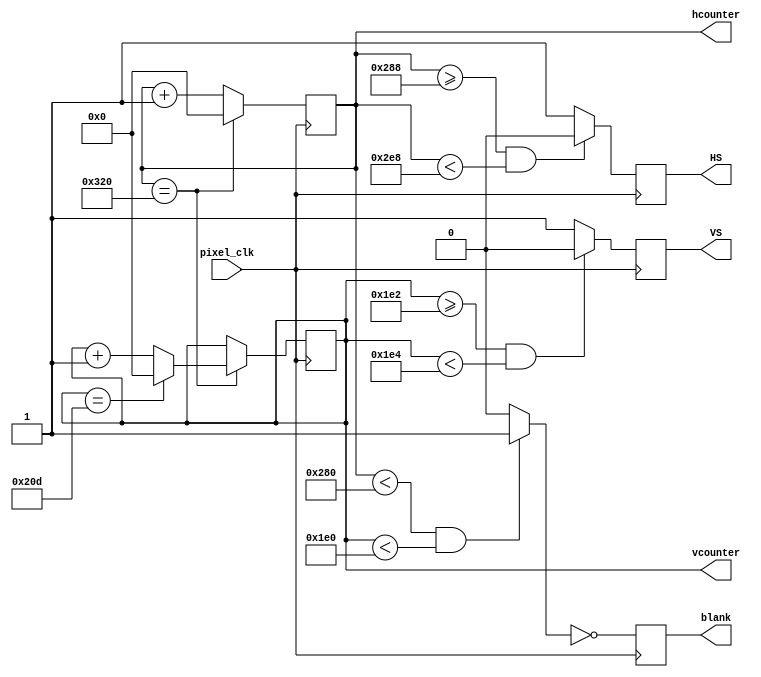
`timescale 1ns / 1ps
//////////////////////////////////////////////////////////////////////////////////
// Company: 
// Engineer: 
// 
// Design Name: 
// Module Name: vga_controller
// Project Name: 
// Target Devices: 
// Tool Versions: 
// Description: 
// 
// Dependencies: 
// 
// Revision:
// Revision 0.01 - File Created
// Additional Comments:
// 
//////////////////////////////////////////////////////////////////////////////////



  module vga_controller (pixel_clk,HS,VS,hcounter,vcounter,blank); 
 
input pixel_clk; // It is the 25MHz clk to drive the VGA
  output reg HS, VS;  // synchronization pulses to VGA  
  output reg blank; // To indicate the blank region  
  output reg [10:0] hcounter, vcounter; 
 
 parameter HMAX = 800;  //Maximum Horizontal pixel count  
 parameter VMAX = 525;     //Maximum Vertical pixel count  
 parameter HLINES = 640;  // Horizontal display pixels 
  parameter VLINES = 480;  //Vertical display pixels  
  parameter HSP = 744;   // Horizontal sync pulse pixels       
  parameter HFP = 648;  // Horizontal Front porch pixels  
  parameter VFP = 482;  // Vertical Front porch pixels  
  parameter VSP = 484;  //Vertical sync pulse pixels  
  parameter SPP = 0;  
 
 wire video_enable; 
 //Indicating the region where video is disabled(blank region) 
  always@(posedge pixel_clk)       
  begin 
  blank <= ~video_enable;     
   end // Incrementation of horizontal count 
   always@(posedge pixel_clk)         
   begin   
   if(hcounter == HMAX)                 
    hcounter <= 0;  
     else                
     hcounter <= hcounter + 1'b1;    
     end   // Incrementation of vertical count
     always@(posedge pixel_clk)         
     begin   
     if(hcounter == HMAX)               
     begin    
     if(vcounter == VMAX)                        
     vcounter <= 0;    
     else                      
     vcounter <= vcounter + 1'b1;       
     end    
      end 
 
 // For Horizontal sync pulse 
always@(posedge pixel_clk)        
 begin   
 if(hcounter >= HFP && hcounter < HSP)                 
 HS <= SPP; 
 
  else                 
   HS <= ~SPP;      
   end 
  // For vertical sync pulse 
 always@(posedge pixel_clk)        
  begin   
  if(vcounter >= VFP && vcounter < VSP)                
   VS <= SPP;   
   else               
    VS <= ~SPP;           
    end 
 //For video enable region   
 assign video_enable = (hcounter < HLINES && vcounter < VLINES) ? 1'b1 : 1'b0; 
 
endmodule